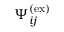
\Psi _ { i j } ^ { ( \mathrm { e x } ) }